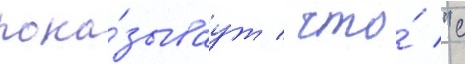
пока́зываут / что́ "с